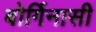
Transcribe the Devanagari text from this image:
बोर्गिनासी